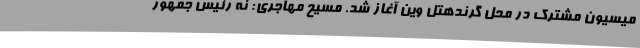
میسیون مشترک در محل گرندهتل وین آغاز شد. مسیح مهاجری: نه رئیس جمهورِ